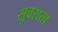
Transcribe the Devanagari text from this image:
सुवराता